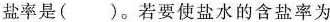
盐率是( )。若要使盐水的含盐率为